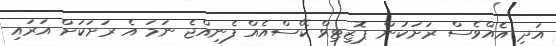
އަދި އެއްވެސް ރަށަކުން ޕޮޒިޓިވް ކޭސްއެއް ފެނިއްޖެ ނަމަ އެ ރަށަކަށް އަރައި